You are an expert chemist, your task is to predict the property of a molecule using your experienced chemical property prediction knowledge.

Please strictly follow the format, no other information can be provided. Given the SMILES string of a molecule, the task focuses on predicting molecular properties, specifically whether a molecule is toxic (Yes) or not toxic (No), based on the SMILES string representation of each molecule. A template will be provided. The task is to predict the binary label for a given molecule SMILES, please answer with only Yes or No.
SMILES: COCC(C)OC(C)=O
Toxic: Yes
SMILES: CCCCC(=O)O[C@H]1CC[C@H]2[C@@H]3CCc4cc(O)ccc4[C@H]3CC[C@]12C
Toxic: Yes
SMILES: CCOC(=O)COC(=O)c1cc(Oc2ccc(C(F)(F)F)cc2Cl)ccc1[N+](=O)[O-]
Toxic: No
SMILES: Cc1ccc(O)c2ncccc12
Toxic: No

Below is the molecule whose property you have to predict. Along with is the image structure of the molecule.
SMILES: COCCO
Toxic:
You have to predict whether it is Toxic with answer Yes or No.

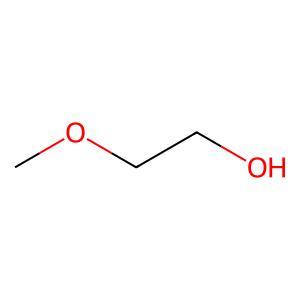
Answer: No